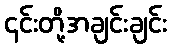
၎င်းတို့အချင်းချင်း